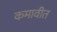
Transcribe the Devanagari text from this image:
कमावीत